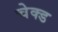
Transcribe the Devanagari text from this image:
चेक्ड